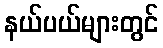
နယ်ပယ်များတွင်